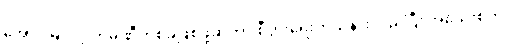
အောင်မြင်တဲ့ ကုမ္ပဏီတစ်ခုဖြစ်ဖို့ဆိုတာ စီပွားရေးကိုသိနားလည်ပြီး အသေးစိတ်